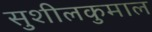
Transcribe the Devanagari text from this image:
सुशीलकुमाल